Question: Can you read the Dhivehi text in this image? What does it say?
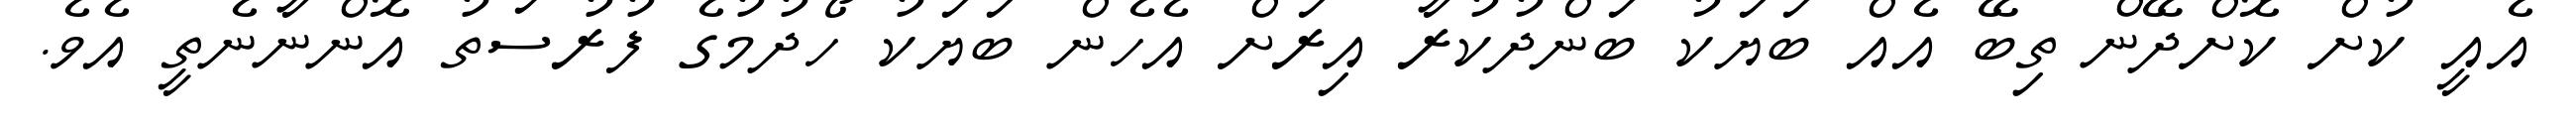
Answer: އެއީ ކުށް ކޮށްދޭން ތިބޭ އެއް ބަޔަކު ބަންދުކުރާ އިރަށް އެހެން ބަޔަކު ހޯދުމުގެ ފުރުސަތު އޮންނާނެތީ އެވެ.